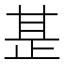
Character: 𭭡